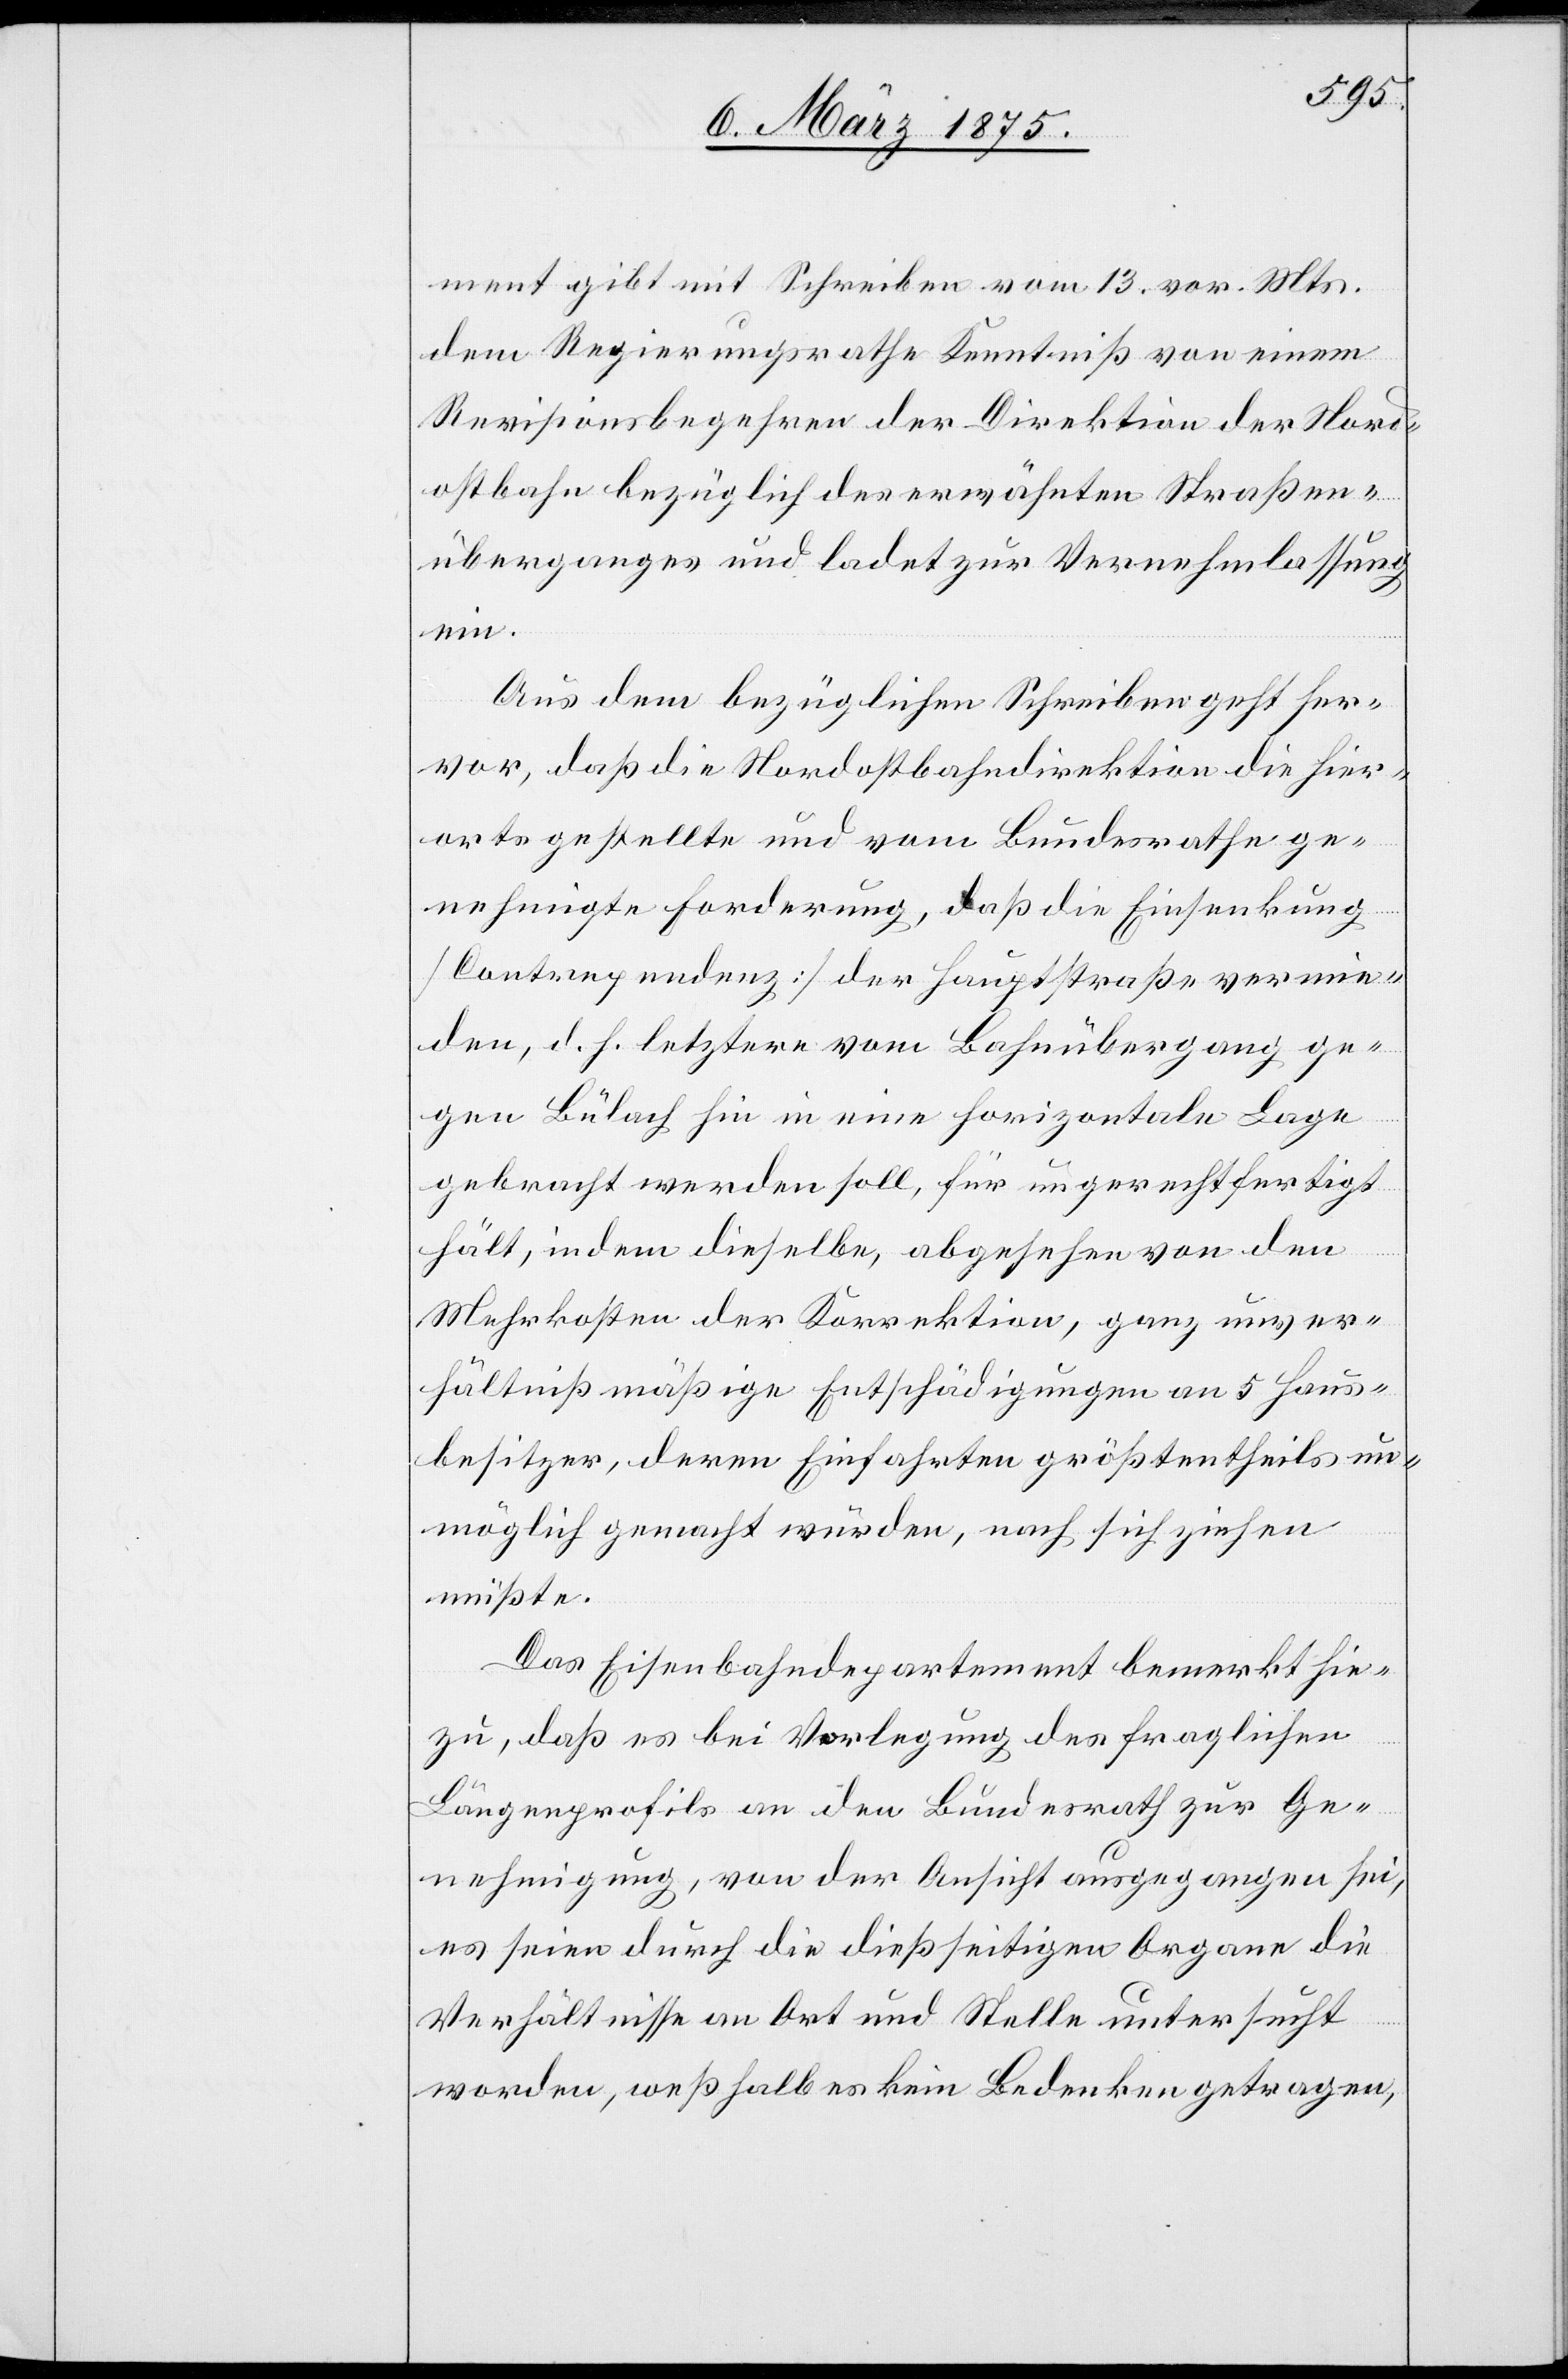
Nord¬
ment gibt mit Schreiben vom 13. vor. Mts.
dem Regierungsrathe Kenntniß von einem
Revisionsbegehren der Direktion der öf¬
ostbahn bezüglich des erwähnten Straßen¬
überganges und ladet zur Vernehmlassung
ein.
Aus dem bezüglichen Schreiben geht her¬
vor, daß die Nordostbahndirektion die hier¬
orts gestellte und vom Bundesrathe ge¬
nehmigte Forderung, daß die Einsenkung
[Contrependenz] der Hauptstraße vermie¬
den, d. f. letztern vom Bahnübergang ge¬
gen Bülach sei in eine horizontale Lage
gebracht werden soll, für ungerechtfertigt
hält, indem dieselben, abgesehen von den
Mehrkosten der Direktion, ganz unver¬
hältnißmäßige Entschädigungen an 5 Haus¬
besitzer, deren Einfahrten größtentheils un¬
möglich gemacht würden, nach sich ziehen
müßte.
Das Eisenbahndepartement bemerkt hie¬
zu, daß es bei Verlegung des fraglichen
Längenprofils an den Bundesrath zur Ge¬
nehmigung, von der Ansicht ausgegangen sei,
es seien durch die dießseitigen Organe die
Verhältnisse an Ort und Stelle untersucht
worden, weßhalb es kein Bedenken getragen,